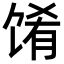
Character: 𬳁